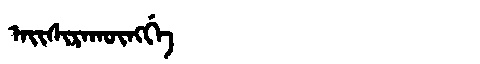
Manchu: ᠠᡳᠰᡳᡵᠠᡴᡡᠩᡤᡝ
Romanization: AISIRAKŪNGGE